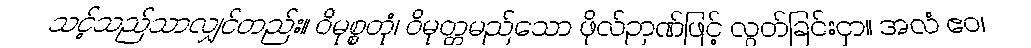
သင့်သည်သာလျှင်တည်း။ ဝိမုစ္စတုံ၊ ဝိမုတ္တမည်သော ဖိုလ်ဉာဏ်ဖြင့် လွတ်ခြင်းငှာ။ အလံ ဧဝ၊